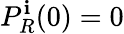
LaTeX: P_{R}^{\mathbf{i}}(0)=0